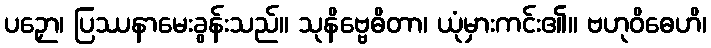
ပဉှော၊ ပြဿနာမေးခွန်းသည်။ သုနိဗ္ဗေဓိတာ၊ ယုံမှားကင်း၏။ ဗဟုဝိဓေဟိ၊